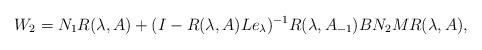
LaTeX: \begin{align*} W_2=N_1R(\lambda,A)+(I-R(\lambda,A)Le_\lambda)^{-1}R(\lambda,A_{-1})BN_2MR(\lambda,A),\end{align*}